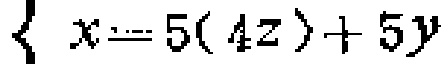
\(x = 5(4z)+5y\)